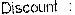
DISCOUNT :